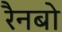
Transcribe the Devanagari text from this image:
रैनबो